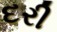
દરી